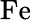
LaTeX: \mathrm{Fe}